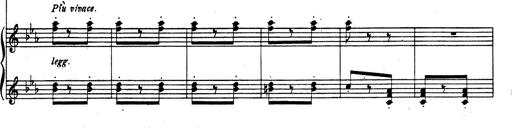
Title: Rhapsodie espagnole
Composer: Franz Liszt